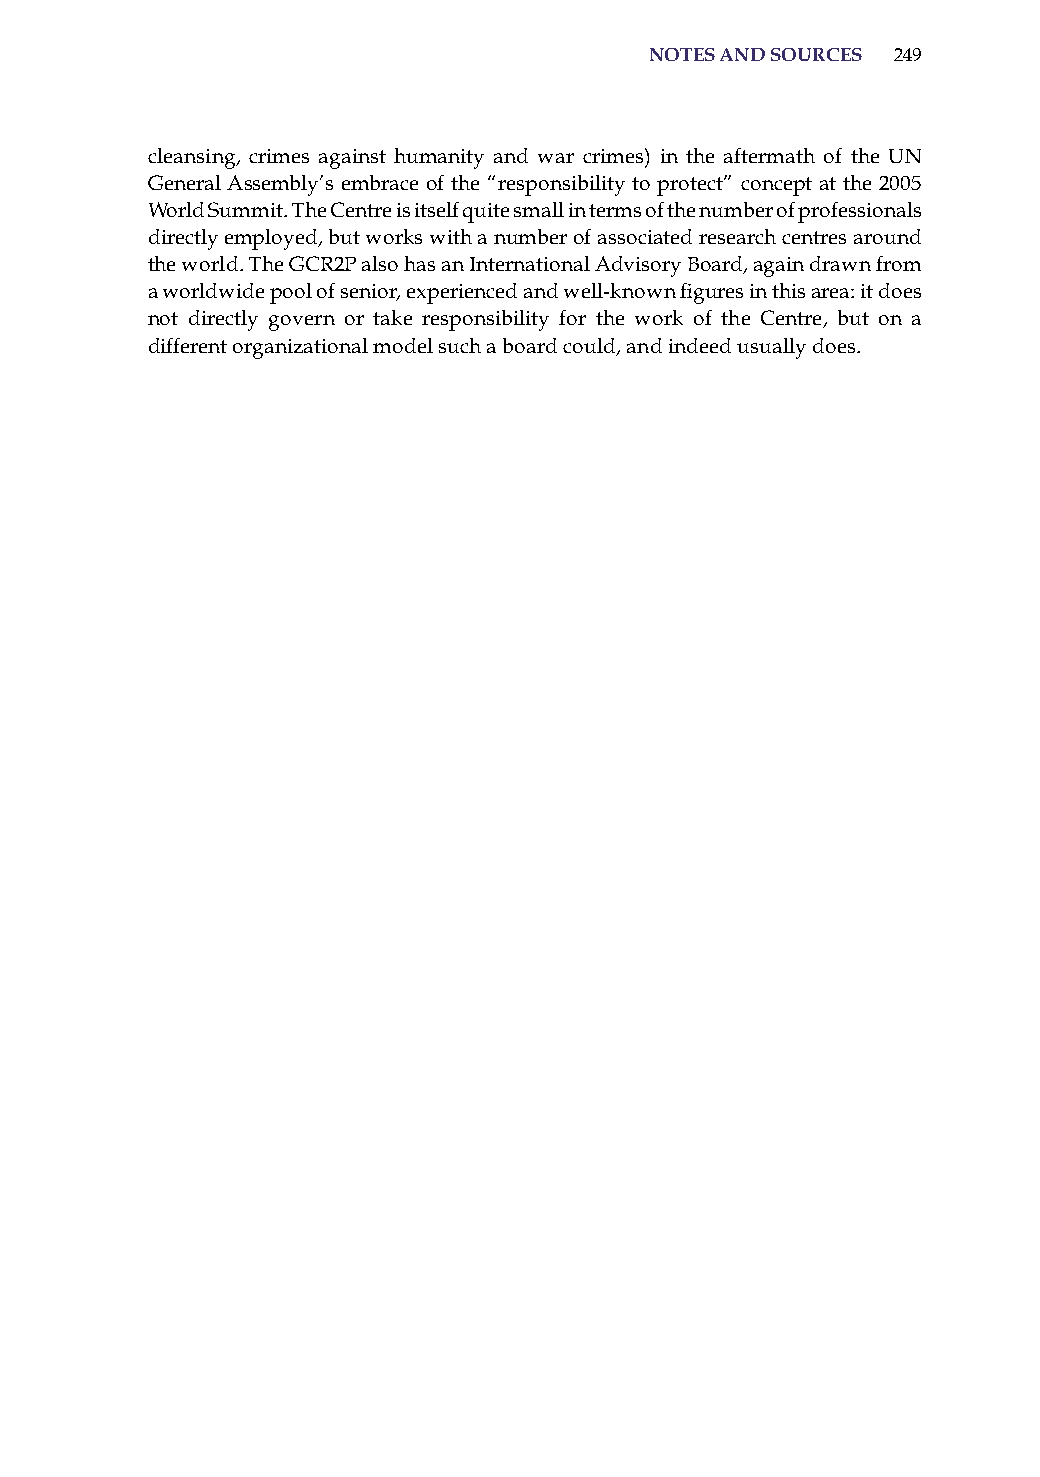
notes and sources 249
 cleansing, crimes against humanity and war crimes) in the aftermath of the UN
 General assembly’s embrace of the “responsibility to protect” concept at the 2005
 World Summit. The Centre is itself quite small in terms of the number of professionals
 directly employed, but works with a number of associated research centres around
 the world. The GCr2P also has an international advisory Board, again drawn from
 a worldwide pool of senior, experienced and well-known figures in this area: it does
 not directly govern or take responsibility for the work of the Centre, but on a
 different organizational model such a board could, and indeed usually does.